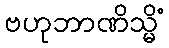
ဗဟုဘာဏိသ္မိံ